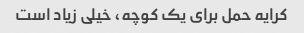
کرایه حمل برای یک کوچه، خیلی زیاد است